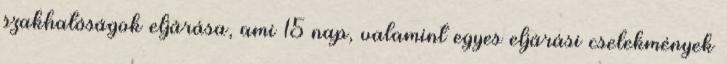
szakhatóságok eljárása, ami 15 nap, valamint egyes eljárási cselekmények